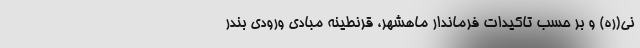
نی(ره) و بر حسب تاکیدات فرماندار ماهشهر، قرنطینه مبادی ورودی بندر